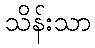
သိန်းသာ